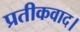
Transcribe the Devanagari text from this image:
प्रतीकवाद।